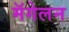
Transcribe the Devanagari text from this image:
मॅगेलन